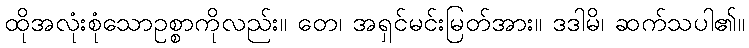
ထိုအလုံးစုံသောဥစ္စာကိုလည်း။ တေ၊ အရှင်မင်းမြတ်အား။ ဒဒါမိ၊ ဆက်သပါ၏။